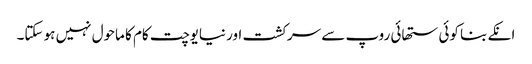
انکے بنا کوئی ستھائی روپ سے سرکشت اور نیایوچت کام کا ماحول نہیں ہو سکتا۔